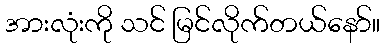
အားလုံးကို သင် မြင်လိုက်တယ်နော်။